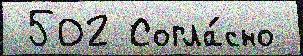
 502 Согла́сно